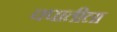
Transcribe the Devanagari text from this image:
चपातीला